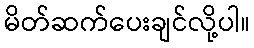
မိတ်ဆက်ပေးချင်လို့ပါ။